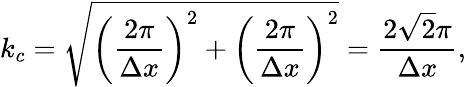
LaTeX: k_{c}=\sqrt{\left(\frac{2\pi}{\Delta x}\right)^{2}+\left(\frac{2\pi}{\Delta x}\right)^{2}}=\frac{2\sqrt{2}\pi}{\Delta x},